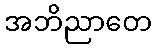
အဘိညာတေ